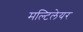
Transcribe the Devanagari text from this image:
मल्टिलेयर